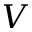
V